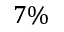
7 \%